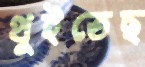
থুইতেছ